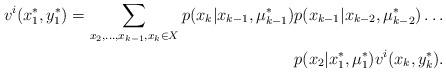
LaTeX: \begin{align*}v^i(x_1^\ast,y_1^\ast) = \sum\limits_{x_2,\dots,x_{k-1},x_k\in X} p(x_k|x_{k-1},\mu_{k-1}^\ast) &p(x_{k-1}|x_{k-2},\mu_{k-2}^\ast)\dots\\& p(x_2|x_1^\ast,\mu_1^\ast) v^i(x_k,y_k^\ast).\end{align*}